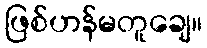
ဖြစ်ဟန်မတူချေ။